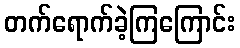
တက်ရောက်ခဲ့ကြကြောင်း